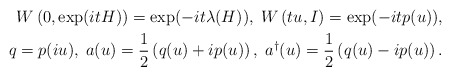
\begin{align*}W\left(0,\exp(i t H)\right) = \exp(-it\lambda(H)) ,\; W\left(tu,I\right) = \exp(-itp(u)), \\ q = p(iu) ,\; a(u)=\frac{1}{2}\left(q(u)+ip(u)\right) ,\; a^{\dagger}(u)=\frac{1}{2}\left(q(u)-ip(u)\right).\end{align*}